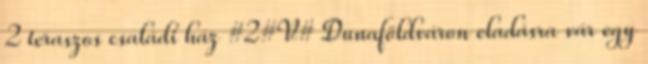
2 teraszos családi ház #2#V# Dunaföldváron eladásra vár egy